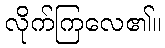
လိုက်ကြလေ၏။